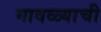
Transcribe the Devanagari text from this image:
मावळ्याची